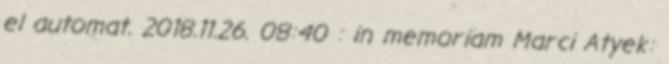
el automat. 2018.11.26. 08:40 : in memoriam Marci Atyek: